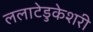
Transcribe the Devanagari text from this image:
ललाटेडुकेशरी